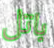
باتل